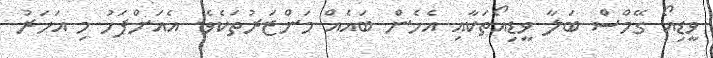
ވީޑިއޯ ގޭމްސް ބަލާ ވީޑިއޯތަކާއި އެހެން ބައެއް މަންޒަރުތަކެވެ. އެއަށްފަހު މި އަހަރު